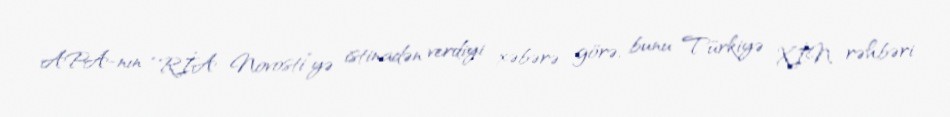
APA-nın “RİA Novosti”yə istinadən verdiyi xəbərə görə, bunu Türkiyə XİN rəhbəri